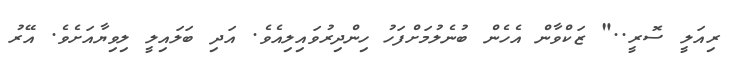
ރިއަލީ ސޮރީ.." ޒަކްވާން އެހެން ބުނެލުމަށްފަހު ހިންދިރުވައިލިއެވެ. އަދި ބަލައިލީ ލިވިޔާއަށެވެ. އޭރު